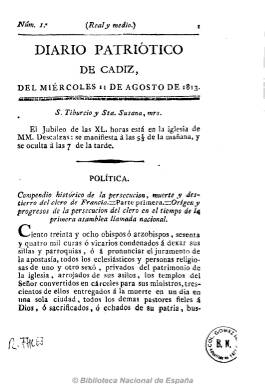
Título: Diario patriótico de Cádiz
Otros títulos: Diario patriótico, <15 marzo 1814>-
Colección: Periódicos anteriores a 1850
Ámbito geográfico: Cádiz
Lugar de publicación: Cádiz
Fechas: 11/08/1813-15/03/1814

Apareció el 11 de agosto de 1813 y estuvo caracterizado por la defensa que hizo de la Regencia, posicionándose a favor de Miguel de Ladizábal y Uribe en la célebre causa contra el regente. Apareciendo como constitucionalista a los pocos números evolucionó hacia el absolutismo. Gómez Ímaz lo califica de “interesante y serio periódico”, que “no entró en destempladas polémicas”. De ello se hace eco Checa Godoy, que lo tilda de más equilibrado y menos polémico de entre los periódicos antirreformistas. Pero aunque unos le tildan de ecuánime, otros lo califican de “archirreacionario”, siendo acusado también de ser un periódico aburrido y plúmbeo por sus extensos textos, publicados en números de doce páginas, y algunos de ocho, impresos por Vicente Lema.

Estos son series de artículos y documentos, como un “Compendio histórico de la persecución, muerte y destierro del clero en Francia”, que comienza a partir de su primer número, o sus “Cartas”, “muy curiosas”, en opinión de Gómez Ímaz, sobre al levantamiento contra la invasión napoleónica, así como sus numerosísimos artículos en defensa del regente Lardizábal. Comenzada cada número con el santoral, e insertó asimismo artículos políticos contra la Constitución y las ideas liberales, los denominados artículos comunicados, noticias de oficio, etc.

Entre sus colaboradores destaca la ardorosa fernandina María Manuel López de Ulloa, que firma con las iniciales M.L. o con los seudónimos “Una española” y “Una literata”, unos textos en los que señala que el liberalismo corrompía las creencias y tradiciones del verdadero patriotismo católico y que la Constitución protegía al criminal, por lo que fue acusada de sediciosa y subversiva, tal como indica Cantos Casenave en el estudio que hace sobre esta poetisa servil del periodo doceañista.

Tras una breve interrupción entre el doce de octubre de 1813 y el siete de enero de 1814, reaparece de nuevo para seguir publicándose hasta al menos el 24 de mayo de este año, siendo, junto al también servil Diario de la tarde, el único periódico gaditano que pudo seguir imprimiéndose tras el golpe constitucional de Fernando VII.

Publicó también suplementos y, según Checa Godoy, su editor pudo ser el impresor Ramón Howe.